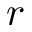
r